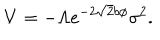
V = - \Lambda e ^ { - 2 \sqrt { 2 } b \phi } \sigma ^ { 2 } .